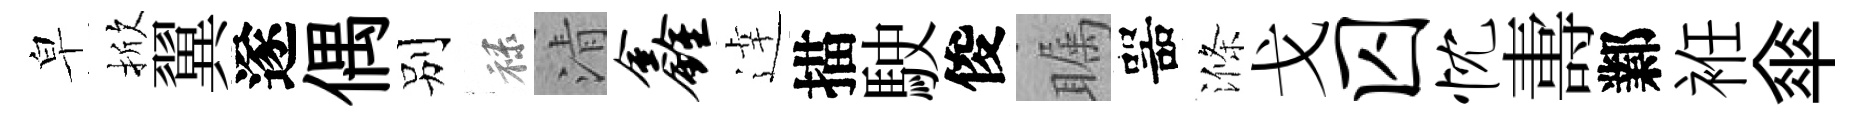
皁掀翼遂偶别禄清鑫逹描駛俊瞩噐滌戈囚忱夀鄴袵傘